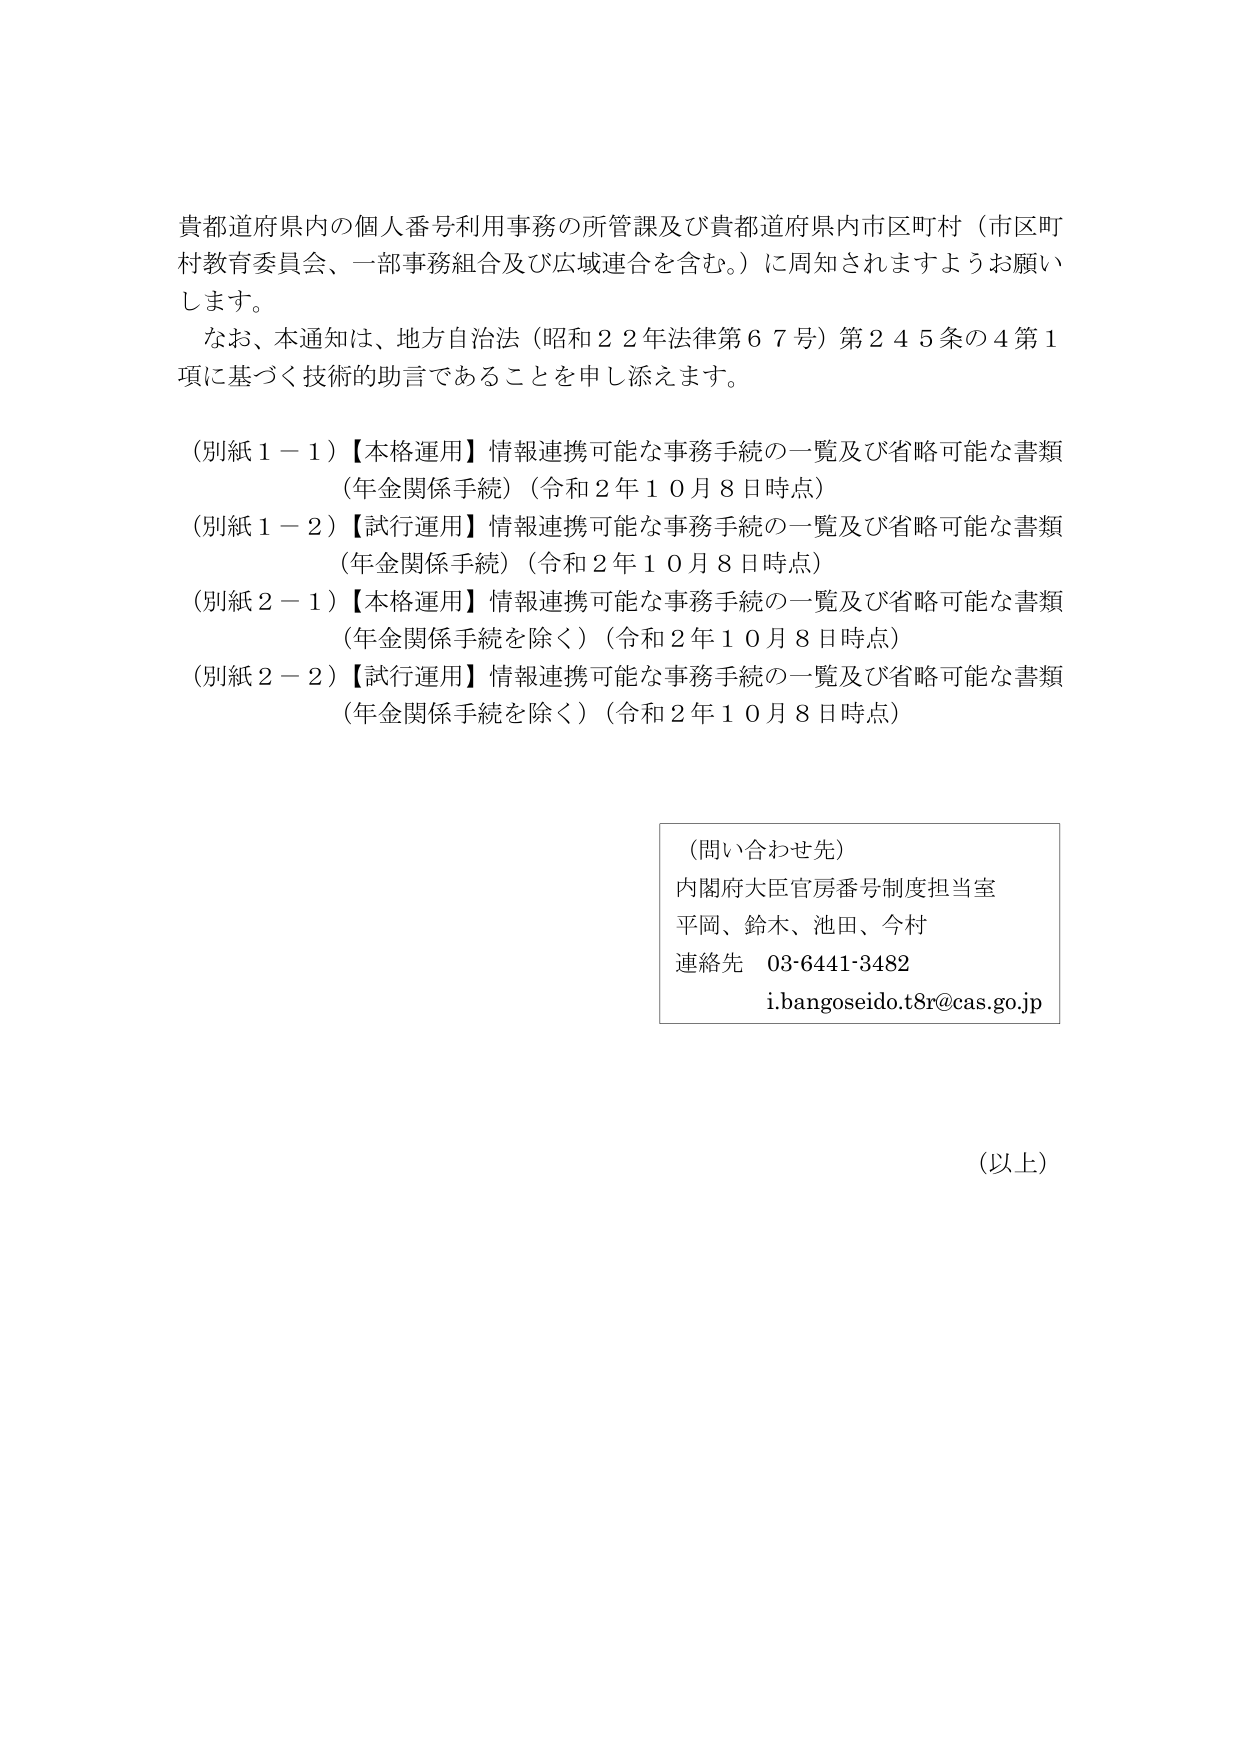
貴都道府県内の個人番号利用事務の所管課及び貴都道府県内市区町村（市区町村教育委員会、一部事務組合及び広域連合を含む。）に周知されますようお願いします。

なお、本通知は、地方自治法（昭和２２年法律第６７号）第２４５条の４第１項に基づく技術的助言であることを申し添えます。

（別紙１－１）【本格運用】情報連携可能な事務手続の一覧及び省略可能な書類（年金関係手続）（令和２年１０月８日時点）

（別紙１－２）【試行運用】情報連携可能な事務手続の一覧及び省略可能な書類（年金関係手続）（令和２年１０月８日時点）

（別紙２－１）【本格運用】情報連携可能な事務手続の一覧及び省略可能な書類（年金関係手続を除く）（令和２年１０月８日時点）

（別紙２－２）【試行運用】情報連携可能な事務手続の一覧及び省略可能な書類（年金関係手続を除く）（令和２年１０月８日時点）

（問い合わせ先）
内閣府大臣官房番号制度担当室
平岡、鈴木、池田、今村
連絡先　03-6441-3482
i.bangoseido.t8r@cas.go.jp

（以上）